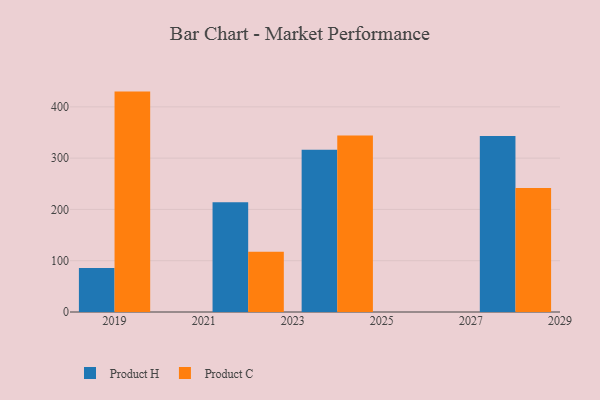
{"axis": {"x": "Year", "y": "Conversion Rate (%)"}, "legend": ["Product C", "Product H"], "data": [{"x": "2028", "y": 342.9, "type": "Product H"}, {"x": "2028", "y": 241.8, "type": "Product C"}, {"x": "2024", "y": 316.4, "type": "Product H"}, {"x": "2024", "y": 344.1, "type": "Product C"}, {"x": "2019", "y": 85.7, "type": "Product H"}, {"x": "2019", "y": 429.7, "type": "Product C"}, {"x": "2022", "y": 214.0, "type": "Product H"}, {"x": "2022", "y": 117.3, "type": "Product C"}]}